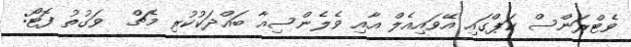
ވެޓްރަންސް ކަޕްގައި އޭވައިއެލް އާއި ވެލެންސިއާ ބައްދަކުކުރި މެޗް  ވަގުތު ފޮޓޯ: